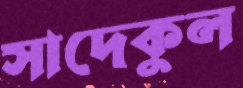
সাদেকুল